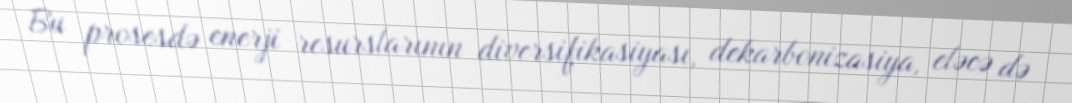
Bu prosesdə enerji resurslarının diversifikasiyası, dekarbonizasiya, eləcə də